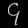
Digit: ၄